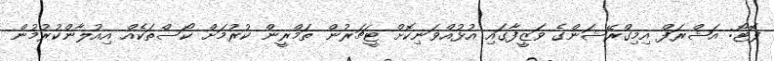
ފޮޓޯ: އަޝްރަފް އިމިގްރޭޝަންގެ ވަޒީފާގައި އުޅުއްވަނިކޮށް ޓީޗަރުން ތަމްރީން ކުރުމަށް ކޯސްތަކެއް އިއުލާންކުރުމުން